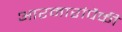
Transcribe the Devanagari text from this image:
आरमारांपैकी